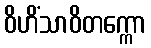
ဝိဟိံသာဝိတက္ကော